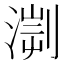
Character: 𣹨